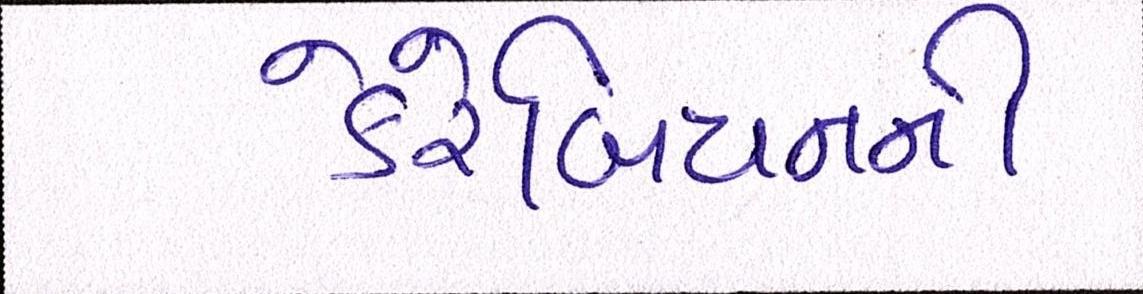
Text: કેરેબિયનની